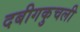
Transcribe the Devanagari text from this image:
दबीगकुचली